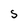
Character: S